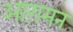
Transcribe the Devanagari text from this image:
आग़मन